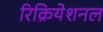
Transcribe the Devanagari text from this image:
रिक्रियेशनल